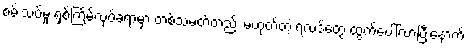
စမ်းသပ်မှု ရှစ်ကြိမ်လုပ်ခဲ့ရာမှာ တစ်သမတ်တည်း မဟုတ်တဲ့ ရလဒ်တွေ ထွက်ပေါ်လာပြီးနောက်